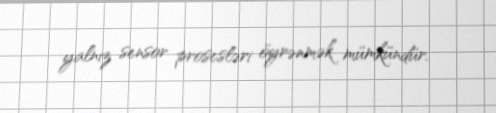
yalnız sensor prosesləri öyrənmək mümkündür.